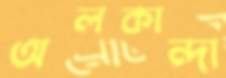
অলকান্দা